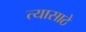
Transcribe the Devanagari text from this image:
त्यासाठे